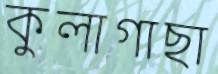
কুলাগাছা